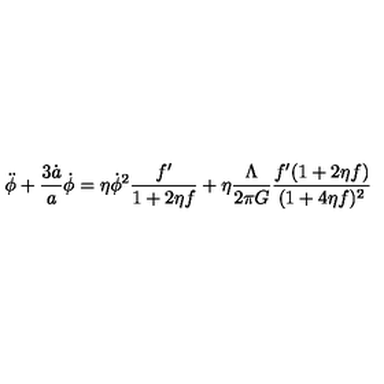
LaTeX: \ddot { \phi } + \frac { 3 \dot { a } } { a } \dot { \phi } = \eta \dot { \phi } ^ { 2 } \frac { f ^ { \prime } } { 1 + 2 \eta f } + \eta \frac { \Lambda } { 2 \pi G } \frac { f ^ { \prime } ( 1 + 2 \eta f ) } { ( 1 + 4 \eta f ) ^ { 2 } }